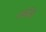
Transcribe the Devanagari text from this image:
तर्कर्लि